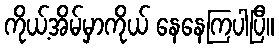
ကိုယ့်အိမ်မှာကိုယ် နေနေကြပါပြီ။